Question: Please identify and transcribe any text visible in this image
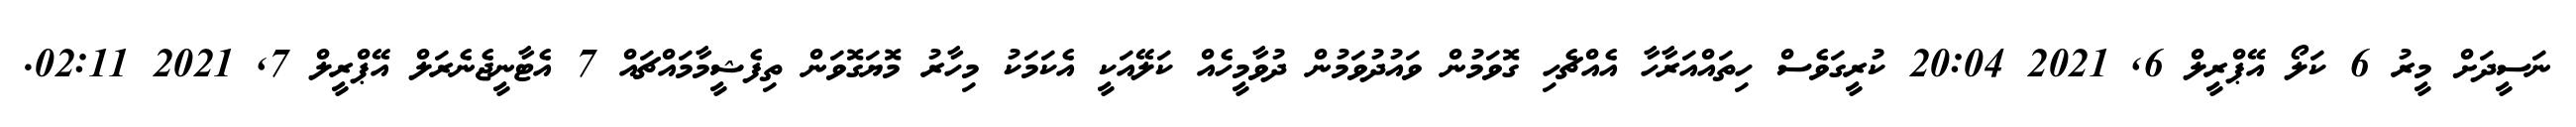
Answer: ނަސީދަށް މީރު 6 ކަލޯ އޭޕްރީލް 6, 2021 20:04 ކުރީގަވެސް ހިތައްއަރާހާ އެއްޗެހި ގޮވަމުން ވައުދުވަމުން ދުވާމީހެއް ކަލޭއަކީ އެކަމަކު މިހާރު މޮޔަގޮވަން ތިފެޝީމާމައްޗައް 7 އެޓާނީޖެނެރަލް އޭޕްރީލް 7, 2021 02:11.